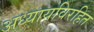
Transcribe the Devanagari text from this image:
अध्यायविरहित